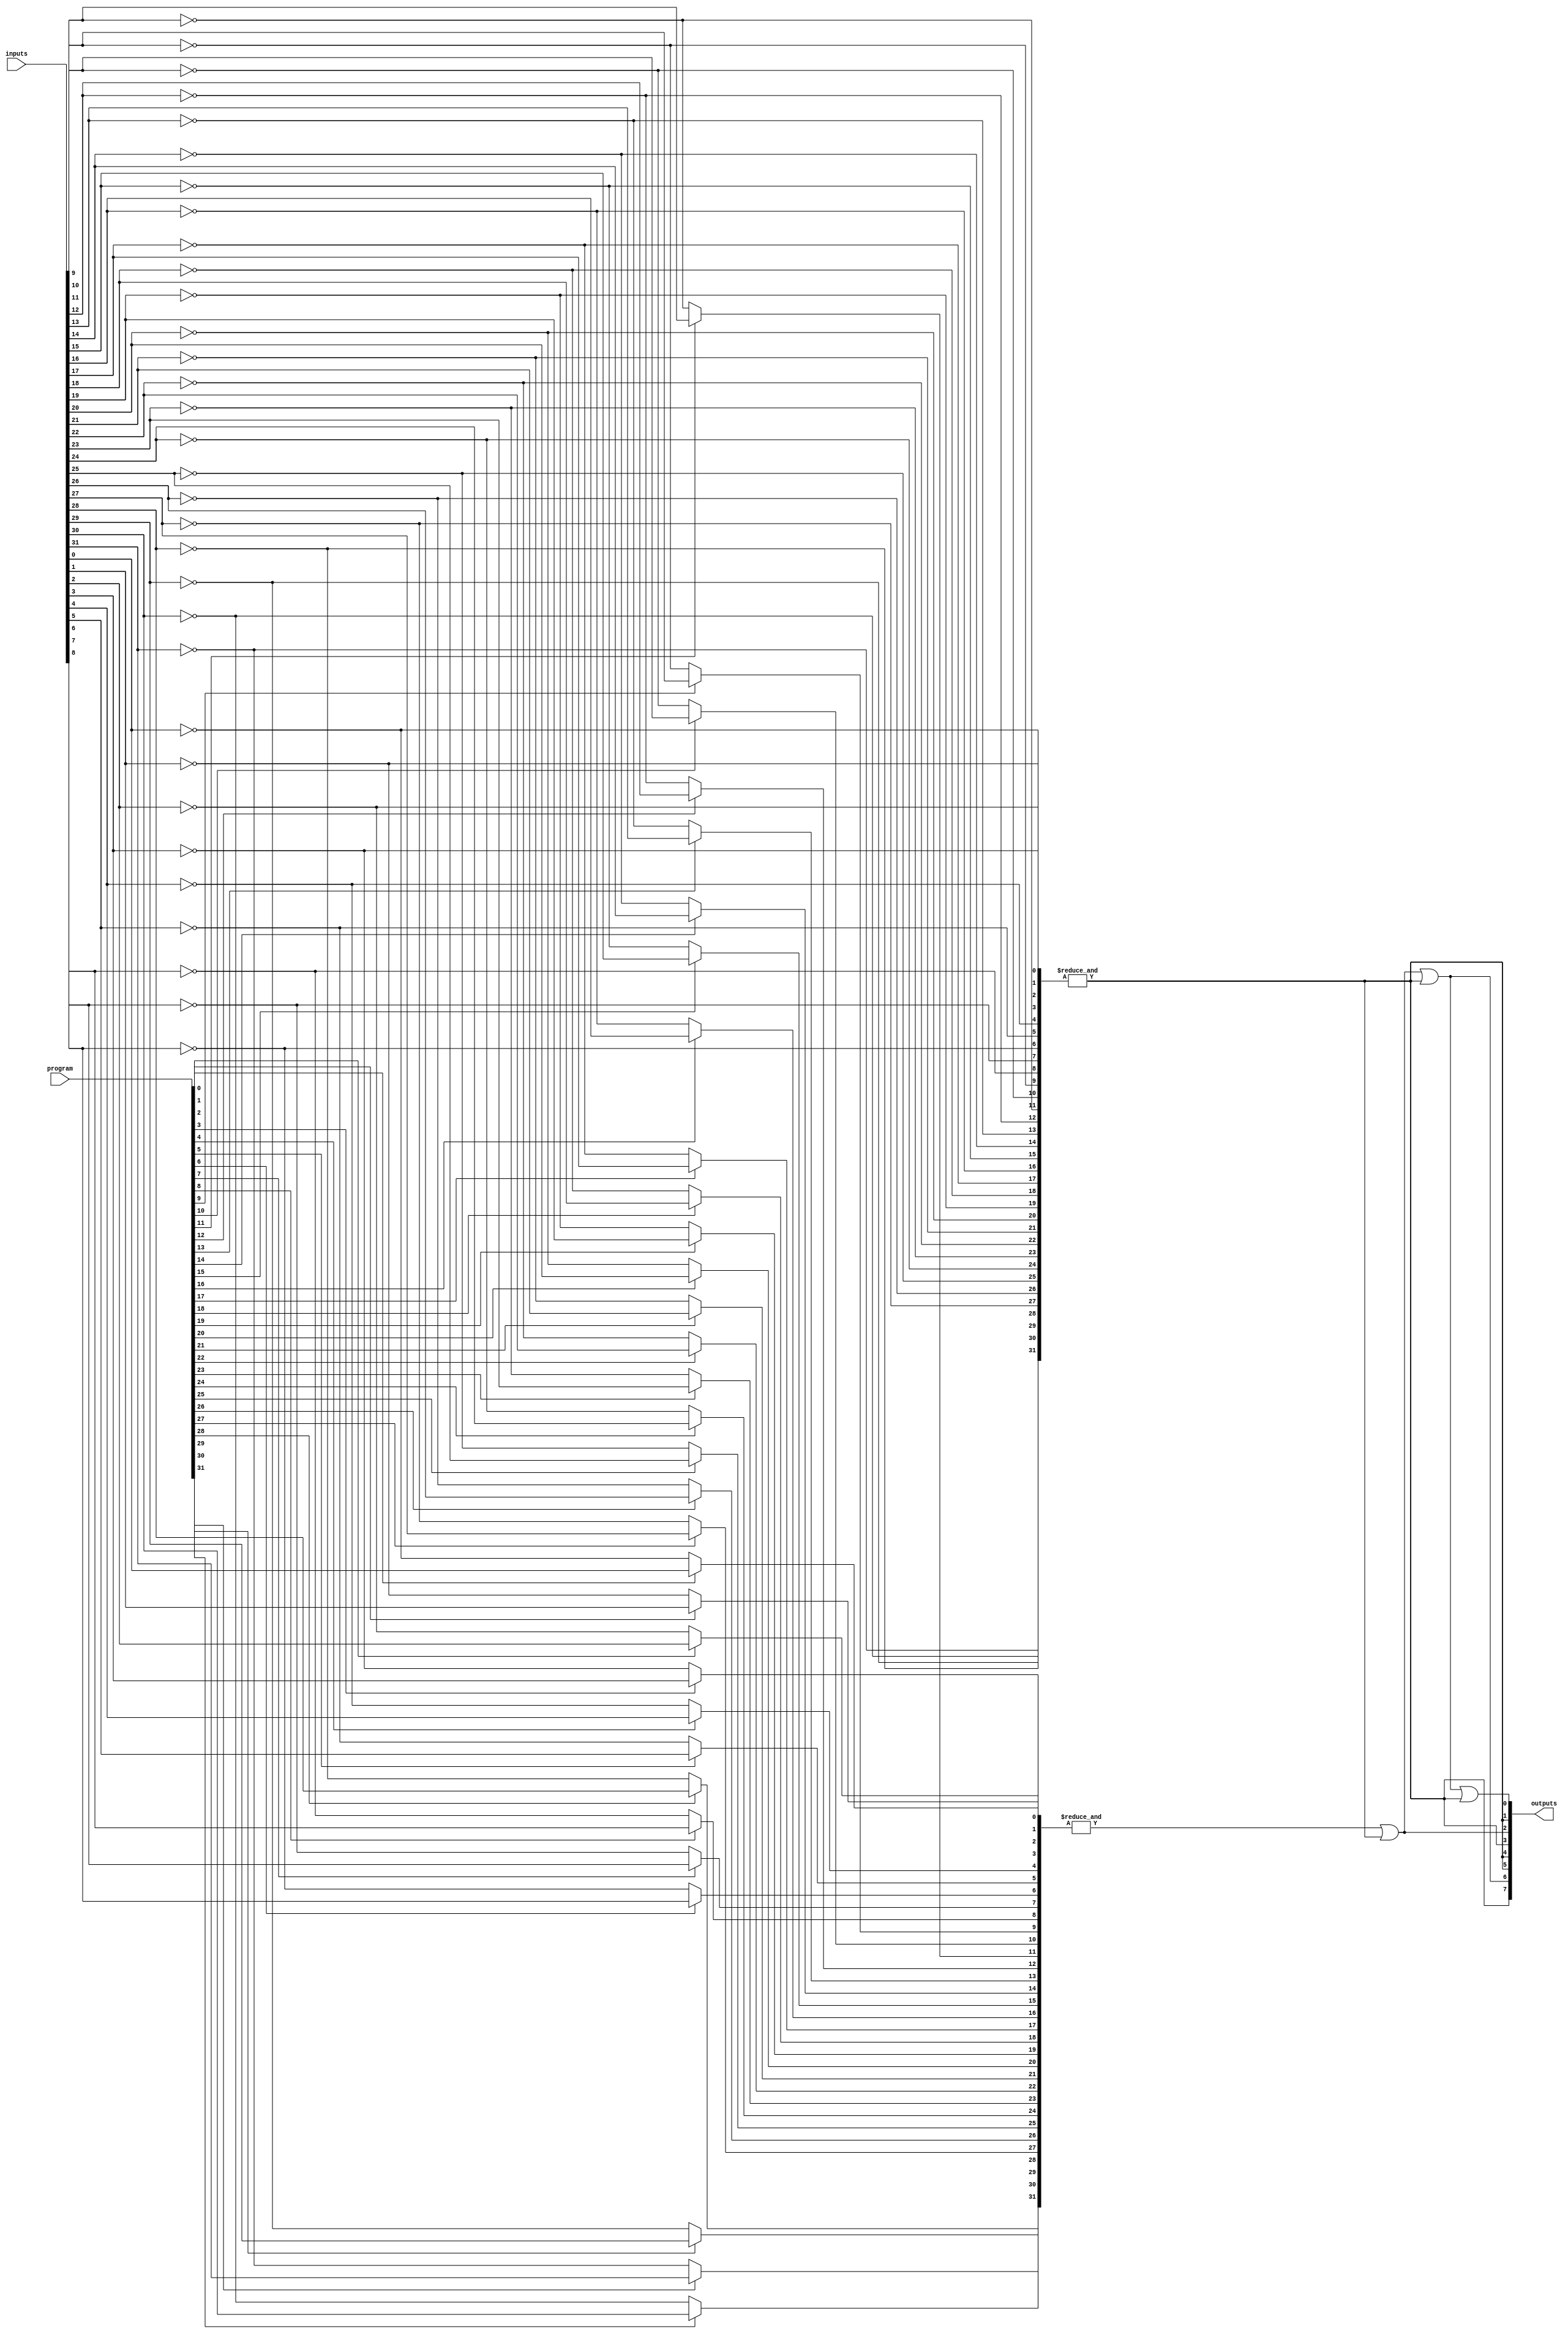
module HS_PAL (
    input  wire [31:0] inputs,   // 32 input lines
    input  wire [31:0] program,  // Programming signals (1 for connection, 0 for no connection)
    output wire [7:0] outputs    // 8 output lines
);

    // Number of product terms in the AND array
    parameter NUM_AND_TERMS = 8;

    // Intermediate signals for AND gates
    wire [NUM_AND_TERMS-1:0] and_out;

    // AND array implementation
    genvar i, j;
    generate
        for (i = 0; i < NUM_AND_TERMS; i = i + 1) begin : and_gate
            wire [31:0] and_inputs;
            // Generate inputs for each AND gate based on programming
            for (j = 0; j < 32; j = j + 1) begin : input_select
                assign and_inputs[j] = program[i * 32 + j] ? inputs[j] : ~inputs[j];
            end
            // AND gate logic
            assign and_out[i] = &and_inputs; // AND all inputs together
        end
    endgenerate

    // OR array implementation
    assign outputs[0] = and_out[0] | and_out[1] | and_out[2] | and_out[3];
    assign outputs[1] = and_out[4] | and_out[5] | and_out[6] | and_out[7];
    assign outputs[2] = and_out[0] | and_out[4];
    assign outputs[3] = and_out[1] | and_out[5];
    assign outputs[4] = and_out[2] | and_out[6];
    assign outputs[5] = and_out[3] | and_out[7];
    assign outputs[6] = and_out[0] | and_out[1] | and_out[2];
    assign outputs[7] = and_out[3] | and_out[4] | and_out[5] | and_out[6] | and_out[7];

endmodule